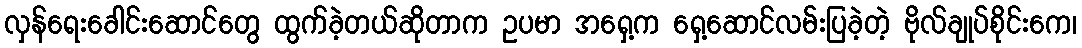
လှန်ရေးခေါင်းဆောင်တွေ ထွက်ခဲ့တယ်ဆိုတာက ဥပမာ အရှေ့က ရှေ့ဆောင်လမ်းပြခဲ့တဲ့ ဗိုလ်ချုပ်စိုင်းကေ၊